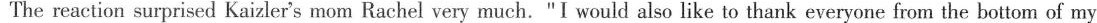
The reaction surprised Kaizler's mom Rachel very much."I would also like to thank everyone from the bottom of my